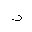
Letter: _thal